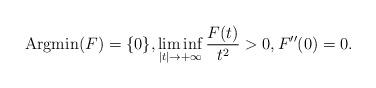
LaTeX: \begin{align*}{\rm Argmin}(F)=\{0\}, \liminf_{|t|\to +\infty} \frac{F(t)}{t^2}>0,F''(0)=0.\end{align*}